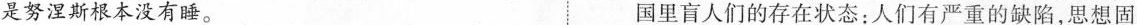
是努淫期很本没有睡。 国里盲人们的存在状态：人们有严重的缺陷，思想固